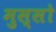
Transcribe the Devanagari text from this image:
मुस्सो